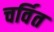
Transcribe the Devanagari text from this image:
चर्वित